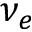
\nu _ { e }